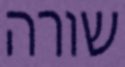
שורה